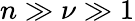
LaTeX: n\gg\nu\gg 1